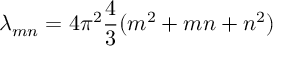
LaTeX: \lambda _ { m n } = 4 \pi ^ { 2 } { \frac { 4 } { 3 } } ( m ^ { 2 } + m n + n ^ { 2 } )